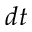
d t